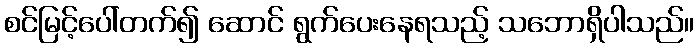
စင်မြင့်ပေါ်တက်၍ ဆောင် ရွက်ပေးနေရသည့် သဘောရှိပါသည်။